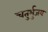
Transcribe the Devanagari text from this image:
चतुर्भुजय